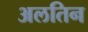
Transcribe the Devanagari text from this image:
अलतिन